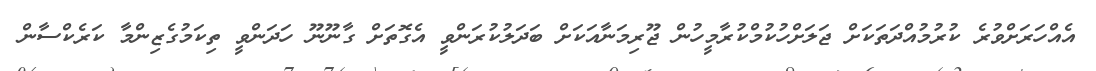
އެއްހަރަށްވުރެ ކުރުމުއްދަތަކަށް ޖަލަށްހުކުމްކުރާމީހުން ޖޫރިމަނާއަކަށް ބަދަލުކުރަންވީ އެގޮތަށް ގާނޫނޫ ހަދަންވީ ތިކަމުގެޒިންމާ ކަރެކްސާން